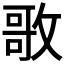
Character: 𭤃